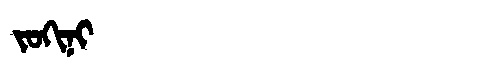
Manchu: ᠵᠣᡴᡳᠨᡳ
Romanization: JOKINI